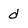
Character: d